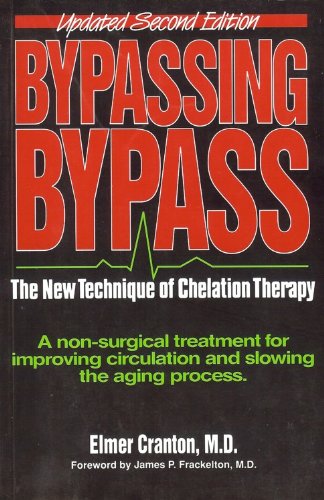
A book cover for Bypassing Bypass : The New Technique of Chelation Therapy (Updated Second Edition) [Paperback]; Health, Fitness & Dieting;